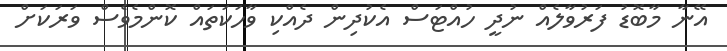
އޭނާ މާބޮޑު ފަރުވާލެއް ނުދީ ހުއްޓަސް އެކުދިން ދެއްކި ވާހަކަތައް ކޮންމެވެސް ވަރަކަށް